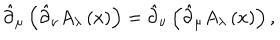
LaTeX: \hat { \partial } _ { \mu } \left( \hat { \partial } _ { \nu } A _ { \lambda } \left( x \right) \right) = \hat { \partial } _ { \nu } \left( \hat { \partial } _ { \mu } A _ { \lambda } \left( x \right) \right) ,